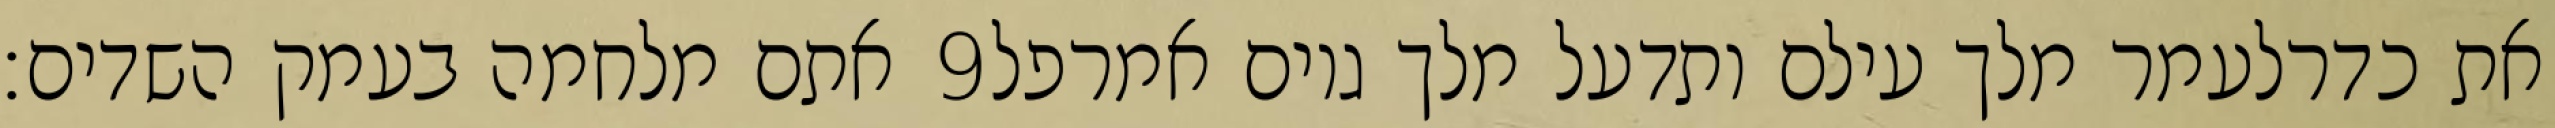
אתם מלחמה בעמק השדים׃ ‎9‏ את כדרלעמר מלך עילם ותדעל מלך גוים אמרפל